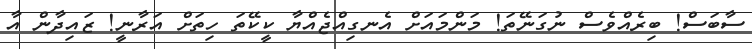
ސާބަސް! ބިރެއްވެސް ނުގަނޭތަ! މަންމައަށް އެނގިއްޖެއްޔާ ކީކޭތަ ހިތަށް އަރާނީ! ޒައިދާން އާ